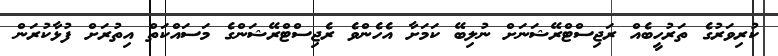
ކުރިވަރުގެ ތަރުހީބެއް ރަޖިސްޓްރޭޝަނަށް ނުލިބޭ ކަމަށާ އެހެންވެ ރެޖިސްޓްރޭޝަންގެ މަސައްކަތް އިތުރަށް ފުޅާކުރަން